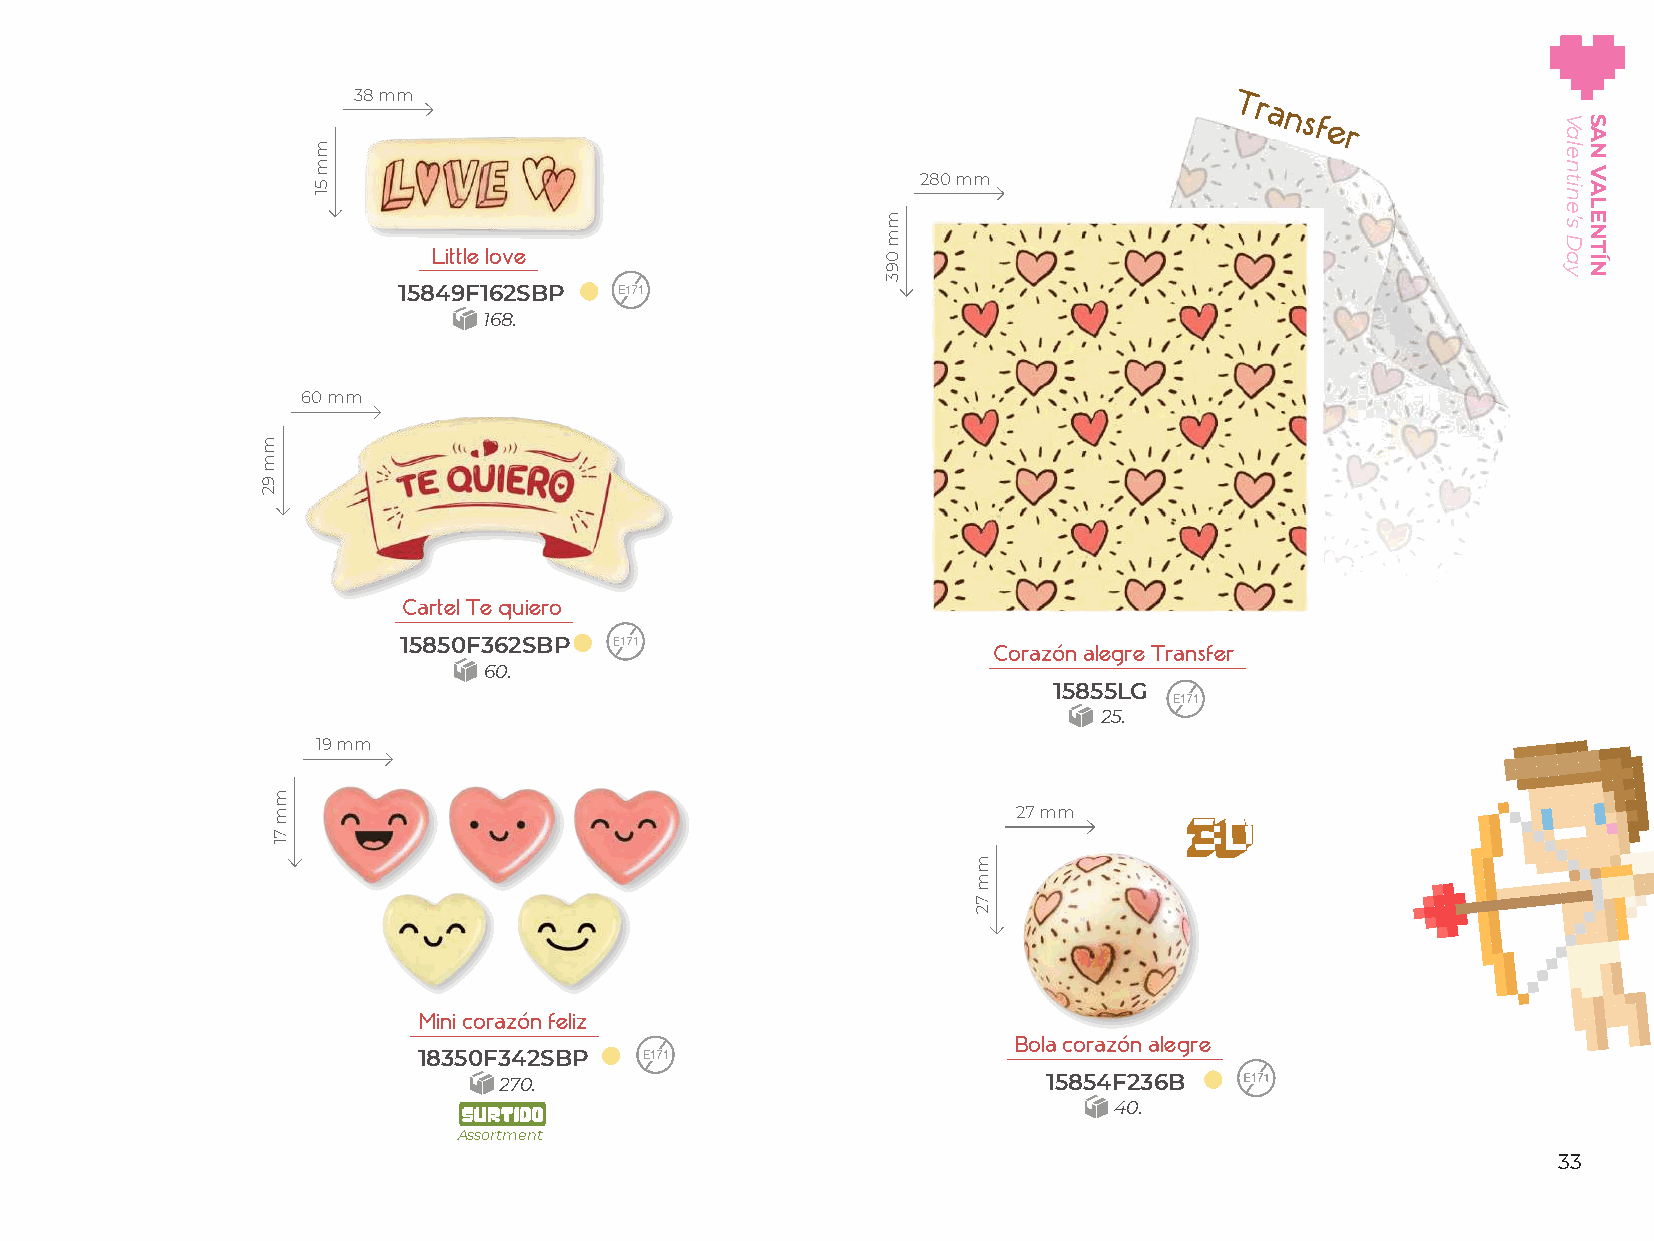
38 mm                                                     Transfer
 280 mm
 Little love
 15849F162SBP
 168.
 60 mm
 Cartel Te quiero
 15850F362SBP
 Corazón alegre Transfer
 60.
 15855LG
 25.
 19 mm
 27 mm
 Mini corazón feliz
 Bola corazón alegre
 18350F342SBP
 270.                                15854F236B
 40.
 Assortment
 33
 mm
 92
 mm
 71
 mm
 51
 mm
 093
 mm
 72
 Valentine’s
 Day
 SAN
 VALENTÍN